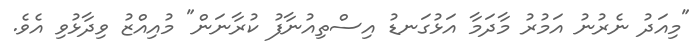
"މިއަދު ނެރުނު އަމުރު މާދަމާ އަޅުގަނޑު އިސްތިއުނާފު ކުރާނަން" މުއިއްޒު ވިދާޅުވި އެވެ.